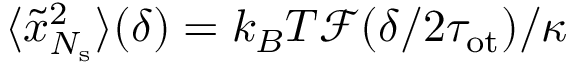
\langle \tilde { x } _ { N _ { \mathrm { s } } } ^ { 2 } \rangle ( \delta ) = k _ { B } T \mathcal { F } ( \delta / 2 \tau _ { \mathrm { o t } } ) / \kappa